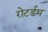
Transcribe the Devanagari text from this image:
रोटर्डम